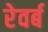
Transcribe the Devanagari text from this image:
रेवर्ब